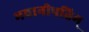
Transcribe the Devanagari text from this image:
भवानीपतिम्